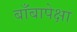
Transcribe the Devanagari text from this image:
बाँबापेक्षा